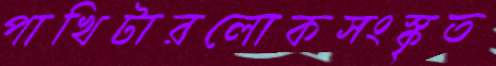
পাখিটারলোকসংস্কৃত